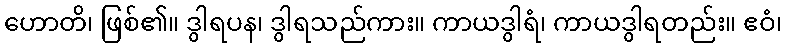
ဟောတိ၊ ဖြစ်၏။ ဒွါရပန၊ ဒွါရသည်ကား။ ကာယဒွါရံ၊ ကာယဒွါရတည်း။ ဧဝံ၊